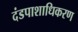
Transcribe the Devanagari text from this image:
दंडपाशाधिकरण